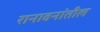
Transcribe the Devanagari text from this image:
रानावनांतील